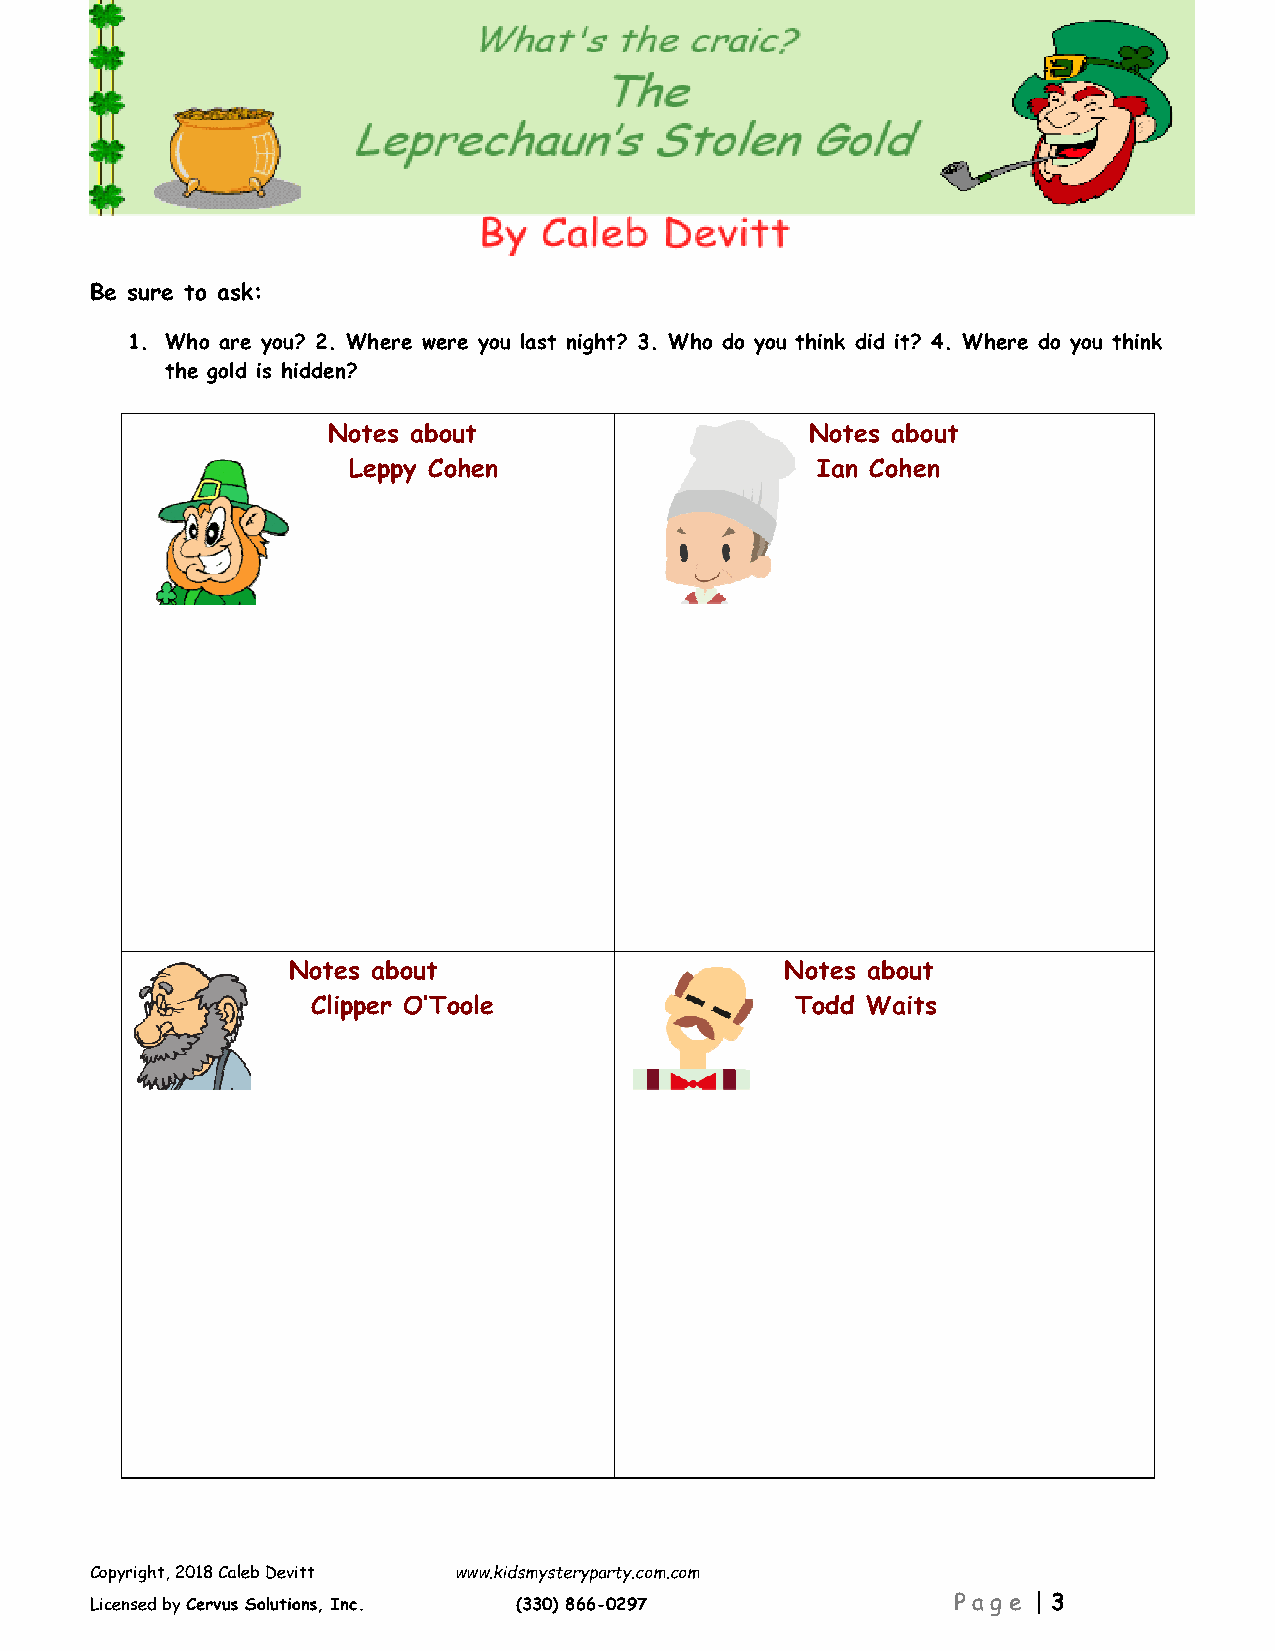
Be sure to ask:
 1. Who are you? 2. Where were you last night? 3. Who do you think did it? 4. Where do you think
 the gold is hidden?
 Notes about                     Notes about
 Leppy Cohen                    Ian Cohen
 Notes about                      Notes about
 Clipper O’Toole                 Todd Waits
 Copyright, 2018 Caleb Devitt www.kidsmysteryparty.com.com
 3
 Licensed by Cervus Solutions, Inc. (330) 866-0297        Pa ge |